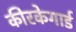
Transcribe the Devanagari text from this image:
कीरकेगार्ड